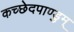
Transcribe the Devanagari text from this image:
कच्छेदपाण्डुम्